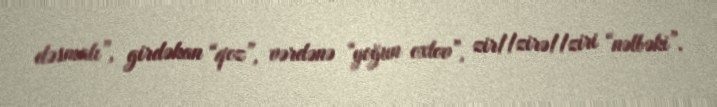
dəsmalı”, girdəkan “qoz”, vərdənə “yoğun oxlov”, zir//zirə//ziri “nəlbəki”.